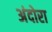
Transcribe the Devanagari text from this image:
अंदोरा